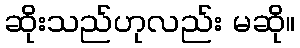
ဆိုးသည်ဟုလည်း မဆို။